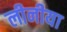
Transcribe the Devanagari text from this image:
लीनीया